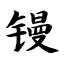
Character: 镘